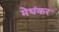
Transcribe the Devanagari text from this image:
मेधंकर